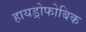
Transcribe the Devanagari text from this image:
हायड्रोफोबिक